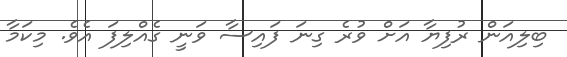
ބިލިއަން ރުފިޔާ އަށް ވުރެ ގިނަ ފައިސާ ވަނީ ގެއްލިފަ އެވެ. މިކަމާ